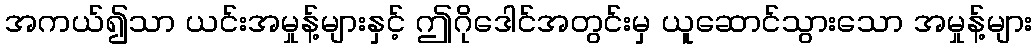
အကယ်၍သာ ယင်းအမှုန့်များနှင့် ဤဂိုဒေါင်အတွင်းမှ ယူဆောင်သွားသော အမှုန့်များ